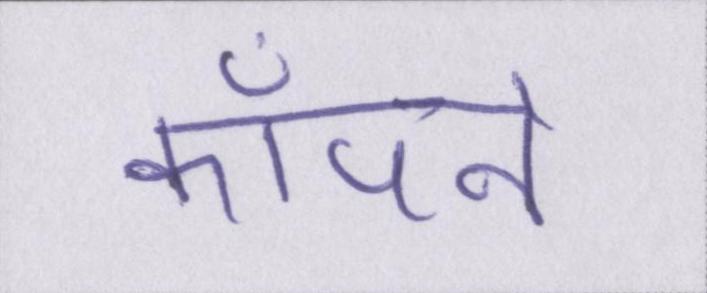
काँपने